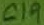
Text: C19